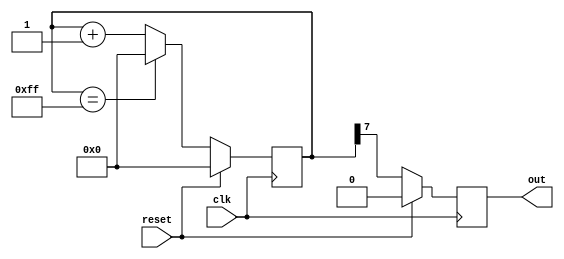
module behavioral_modeling (
    input wire clk,
    input wire reset,
    output reg out
);

reg [7:0] count;

always @(negedge clk) begin
    if (reset) begin
        count <= 0;
        out <= 0;
    end else begin
        if (count == 8'hFF) begin
            count <= 0;
        end else begin
            count <= count + 1;
        end
        out <= count[7];
    end
end

endmodule